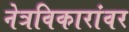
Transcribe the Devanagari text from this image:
नेत्रविकारांवर